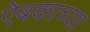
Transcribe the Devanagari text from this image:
ऐबकाच्या